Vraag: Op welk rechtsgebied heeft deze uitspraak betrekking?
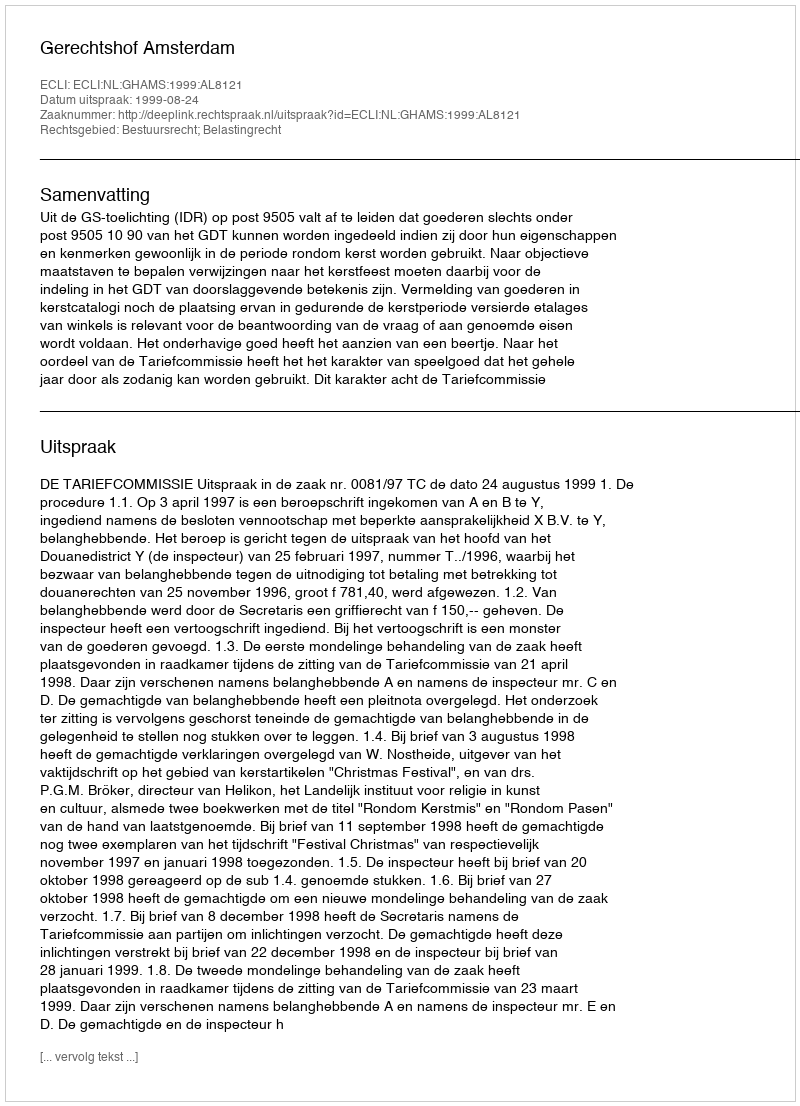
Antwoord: Bestuursrecht; Belastingrecht